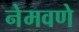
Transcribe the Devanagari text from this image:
नेमवणे